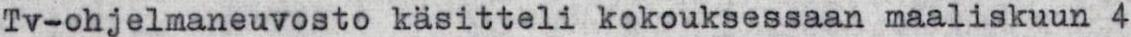
Tv-ohjelmaneuvosto käsitteli kokouksessaan maaliskuun 4